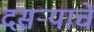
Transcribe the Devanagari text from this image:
दसर्‍याचें